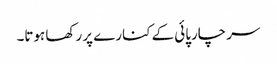
سر چارپائی کے کنارے پر رکھا ہوتا۔